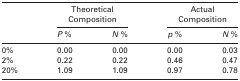
<table><thead><tr><td rowspan="2"></td><td colspan="2"><b>Theoretical Composition</b></td><td colspan="2"><b>Actual Composition</b></td></tr><tr><td><b><i>P</i> %</b></td><td><b><i>N</i> %</b></td><td><b><i>p</i> %</b></td><td><b><i>N</i> %</b></td></tr></thead><tbody><tr><td>0%</td><td>0.00</td><td>0.00</td><td>0.00</td><td>0.03</td></tr><tr><td>2%</td><td>0.22</td><td>0.22</td><td>0.46</td><td>0.47</td></tr><tr><td>20%</td><td>1.09</td><td>1.09</td><td>0.97</td><td>0.78</td></tr></tbody></table>